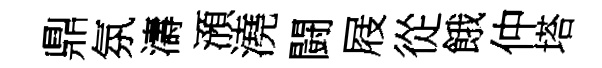
鼎氛濤澦澆闘屐從餓仲塔